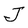
Character: J